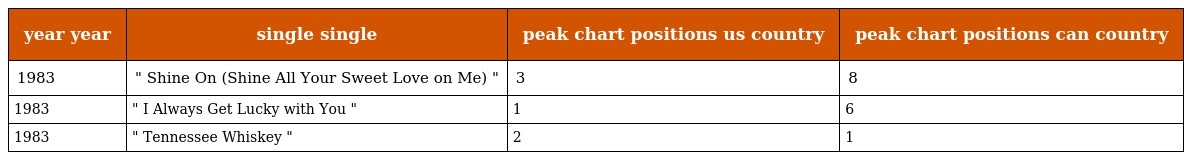
| year year | single single | peak chart positions us country | peak chart positions can country |
 | --- | --- | --- | --- |
 | 1983 | " Shine On (Shine All Your Sweet Love on Me) " | 3 | 8 |
 | 1983 | " I Always Get Lucky with You " | 1 | 6 |
 | 1983 | " Tennessee Whiskey " | 2 | 1 |